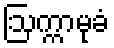
ဩက္ကာမုခံ